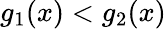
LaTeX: g_{1}(x)<g_{2}(x)